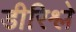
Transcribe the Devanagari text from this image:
डीरिश्ले